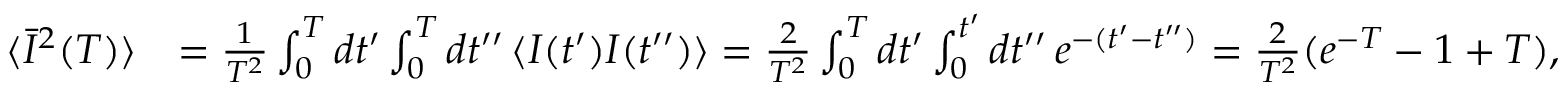
\begin{array} { r l } { \langle \bar { I } ^ { 2 } ( T ) \rangle } & { = \frac { 1 } { T ^ { 2 } } \int _ { 0 } ^ { T } d t ^ { \prime } \int _ { 0 } ^ { T } d t ^ { \prime \prime } \, \langle I ( t ^ { \prime } ) I ( t ^ { \prime \prime } ) \rangle = \frac { 2 } { T ^ { 2 } } \int _ { 0 } ^ { T } d t ^ { \prime } \int _ { 0 } ^ { t ^ { \prime } } d t ^ { \prime \prime } \, e ^ { - ( t ^ { \prime } - t ^ { \prime \prime } ) } = \frac { 2 } { T ^ { 2 } } ( e ^ { - T } - 1 + T ) , } \end{array}